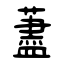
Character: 藎